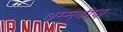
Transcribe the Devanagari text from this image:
धम्मदीपा